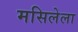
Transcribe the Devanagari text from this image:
मसिलेला